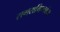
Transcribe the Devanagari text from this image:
रागरागिण्यांचा